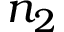
n _ { 2 }